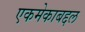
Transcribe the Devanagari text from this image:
एकमेकाबद्दल